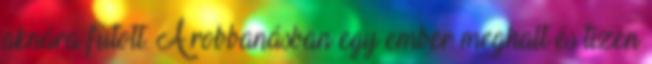
aknára futott. A robbanásban egy ember meghalt és tizen